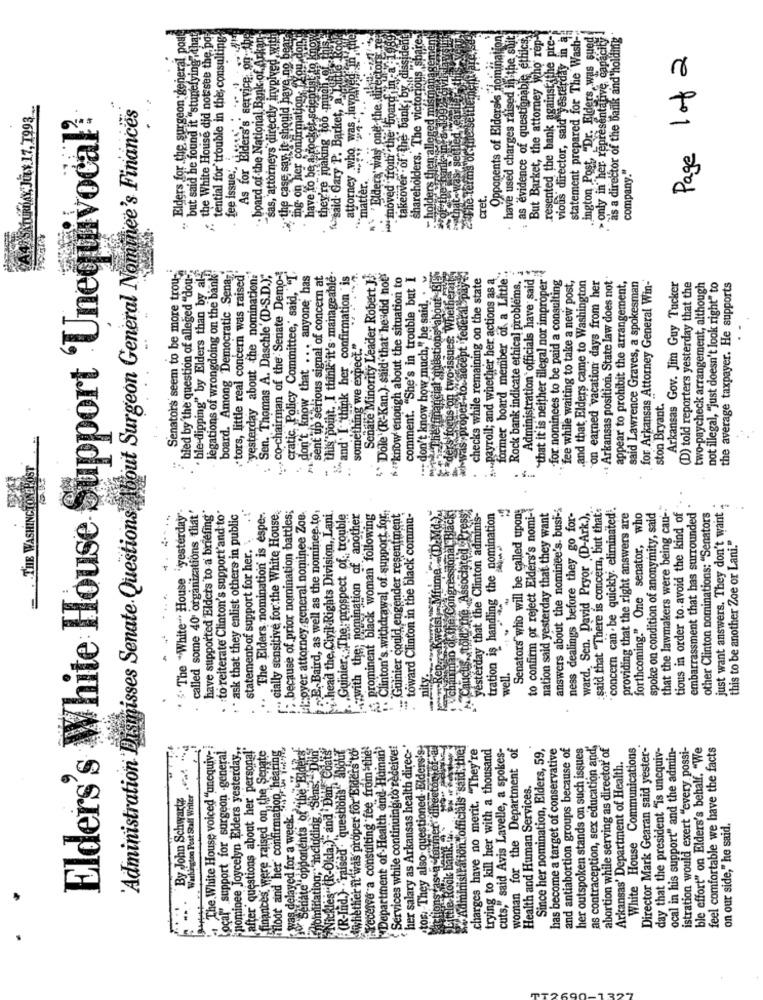
resented the bank against the pre-
Elders for the surgeon general pou
but said he found it "stunefying ithat
the White House did not see the po-
tential for trouble in the; consulting
As for Elders's service, on- the
- board of the National Bank of. Arkan
sas, attorneys directly involved with
the case say it should have no bear
ing on her confirmation, "You don't
have to be a rocket scientist to know
attorney who was - involved in the
"Elders' was one the directors res
moved from the "board in a -1989
shareholders. The victorious shares
Opponents of Elders's nomination
have used charges raised in the suit
as evidence of questionable ethics,
But Barket, the attorney who rep-
vious director, said yesterday in a
statement prepared for The Wash-
ington Post, "Dr. Elders was sued
as a director of the bank and holding
>only in her representative, capaci
they're making too myste
Page 1 of 2
takeover - of the bank by dis
said. Gary P. Barket, a I.
A4 SATURDAY, JULY. 17, 1993 ..
Elders's White House Support 'Unequivocal'
'Administration Dismisses Senate Questions, About Surgeon General Nominee's Finances
holders then alles
The terms of fi
fee issue ..
bank:
company."
matter.
ret.
· ble-dipping" by Elders than by alg
legations of wrongdoing on the bank!"
.... co-chairman of the Senate Demo -!
Senators seem to be more trou-
bled by the question of alleged "dou-
board. Among Democratic Sena-
tors, little real concern was raised
yesterday about the nomination:
Sen. Thomas A. Daschle'(D-S.D.);"
cratic. Policy Committee,' said, "I'
don't know that ... anyone has
sent up serious signal of concern at
. this point. I think it's manageable.
and" I think her confirmation is
Senate Minority Leader Robert J.J.
Dole' (R-Kan.)- said that he did not"
&#know enough about the situation to
comment. "She's in trouble but I
don't know how much," he said. .
The financial questions about BE
Myas proper-to accept federal payed
checks while remaining on the state
.... payroll; and whether her actions as a
former board member of a Little".
Rock bank indicate ethical problems.
Administration officials have said
"that it is neither illegal nor improper
for nominees to be paid a consulting
"fee while waiting to take a new post,
.and that Elders came to Washington
"on earned vacation days from her
.. Arkansas position. State law does not
appear to prohibit the arrangement,
said Lawrence Graves, a spokesman
for Arkansas Attorney General Win-
two-paycheck arrangement, although
Arkansas Gov. Jim Guy Tucker
(D) told reporters yesterday that the
not illegal, "just doesn't look right" to
the average taxpayer. He supports
ders'focus on two issues: Wheth
something we expect."
ston Bryant."
THE WASHING!
to reiterate Clinton's support'and to"
cially sensitive for the White House
: because of prior nomination battles;
palcoyer attorney general nominee Zoe.
„E, Baird, as well as the nominee. to,
with the; nomination of another
. Clinton's withdrawal of support for
chairman of the Congressional Black
Caucus, told the Associated Presst
Senators who will be called upons
to confirm or reject Elders's nomi-
nation said yesterday that they want
answers about the nominee's. busi-s
ward. Sen. David Pryor (D-Ark.),
said that "There is concern, but that's
concern can be quickly. eliminated.
providing that the right answers are
spoke on condition of anonymity, said
that the lawmakers were being cau-
tious in order to. avoid the kind of
just want answers. They don't want ;
" The "White". House 'yesterday"
called some 40 organizations that'
have supported Elders to a briefing
- ask that they enlist others in public
The Elders nomination is espe -.
.head the, Civil Rights Division, Lani.
Guinier, The prospect of trouble
prominent black woman following
Guinier could engender resentment
toward Clinton in the black commu-
Rep.weisi Mfume (D.Md.).
yesterday that the Clinton adminis-
tration is handling the nomination
ness dealings before they go for-
forthcoming." One senator, who
embarrassment that has surrounded
other Clinton nominations: "Senators
statement of support for her.
this to be another Zoe or Lani."
*.
well.
The White House voiced "unequiv-
Local" support for surgeon general
pominee Joycelyn Elders yesterday ,.
after questions about her personal"
finances, were raised on, the Senate
hiloot and her confirmation, bearing
Senate" opponents of the Elder
(R-Ind.) "raised . "questions"Maur
Hwhether it was proper for Elders to'
receive a consulting fee from the'
"Department of Health and Human'
Services while continuing to receive:
`her salary as Arkansas health direc-
tor. They also questioned Elders's
cetor of-a
Administration officials said they
charges have no merit. "They're
trying to kill her with a thousand
cuts," said Avis Lavelle, a spokes-
woman for the Department of
Since her nomination, Elders, 59,
has become a target of conservative
and antiabortion groups because of
her outspoken stands on such issues
as contraception, sex education and,
abortion while serving as director of
White House Communications
Director Mark Gearan said yester-
day that the president "is unequiv-
ocal in his support" and the admin-
istration would exert "every possi-
ble effort" on Elders's behalf. "We
feel comfortable we have the facts
"Nickles (R-Okla) and Dan Coats
Arkansas' Department of Health.
nomination, including, Sens.
Washington Post Staff Writer .
Health and Human Services.
By John Schwartz
:was delayed for a week. . ".
as a former à
fittle Rook bank.2.
on our side," he said.